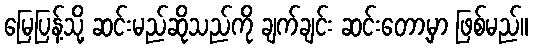
မြေပြန့်သို့ ဆင်းမည်ဆိုသည်ကို ချက်ချင်း ဆင်းတော့မှာ ဖြစ်မည်။